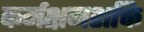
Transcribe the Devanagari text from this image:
कर्मक्षमशक्ति